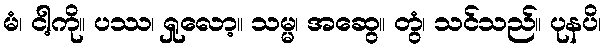
မံ၊ ငါ့ကို။ ပဿ၊ ရှုလော့။ သမ္မ၊ အဆွေ။ တွံ၊ သင်သည်။ ပုနပိ၊